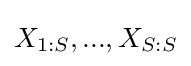
X_{1:S},...,X_{S:S}